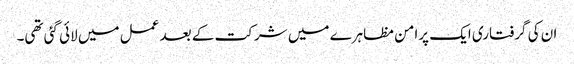
ان کی گرفتاری ایک پرامن مظاہرے میں شرکت کے بعد عمل میں لائی گئی تھی۔